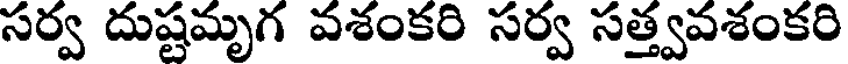
సర్వ దుష్టమృగ వశంకరి సర్వ సత్త్వవశంకరి